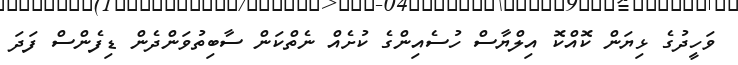
ވަހީދުގެ ޅިޔަން ކޮއްކޮ އިލްޔާސް ހުސެއިންގެ ކުށެއް ނެތްކަން ސާބިތުވަންދެން ޑިފެންސް ފަދަ